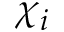
\chi _ { i }